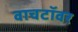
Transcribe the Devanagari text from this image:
वाचटॉवर